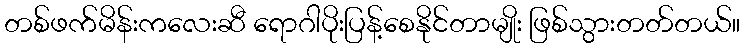
တစ်ဖက်မိန်းကလေးဆီ ရောဂါပိုးပြန့်စေနိုင်တာမျိုး ဖြစ်သွားတတ်တယ်။